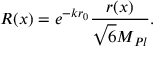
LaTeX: R ( x ) = e ^ { - k r _ { 0 } } \frac { r ( x ) } { \sqrt { 6 } M _ { P l } } .